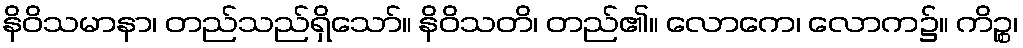
နိဝိသမာနာ၊ တည်သည်ရှိသော်။ နိဝိသတိ၊ တည်၏။ လောကေ၊ လောက၌။ ကိဉ္စ၊